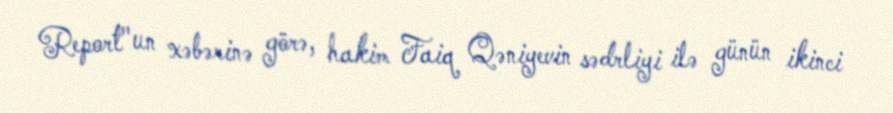
Report"un xəbərinə görə, hakim Faiq Qəniyevin sədrliyi ilə günün ikinci